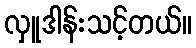
လှူဒါန်းသင့်တယ်။